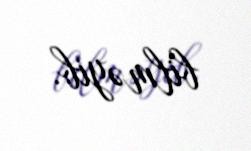
bilməyib.